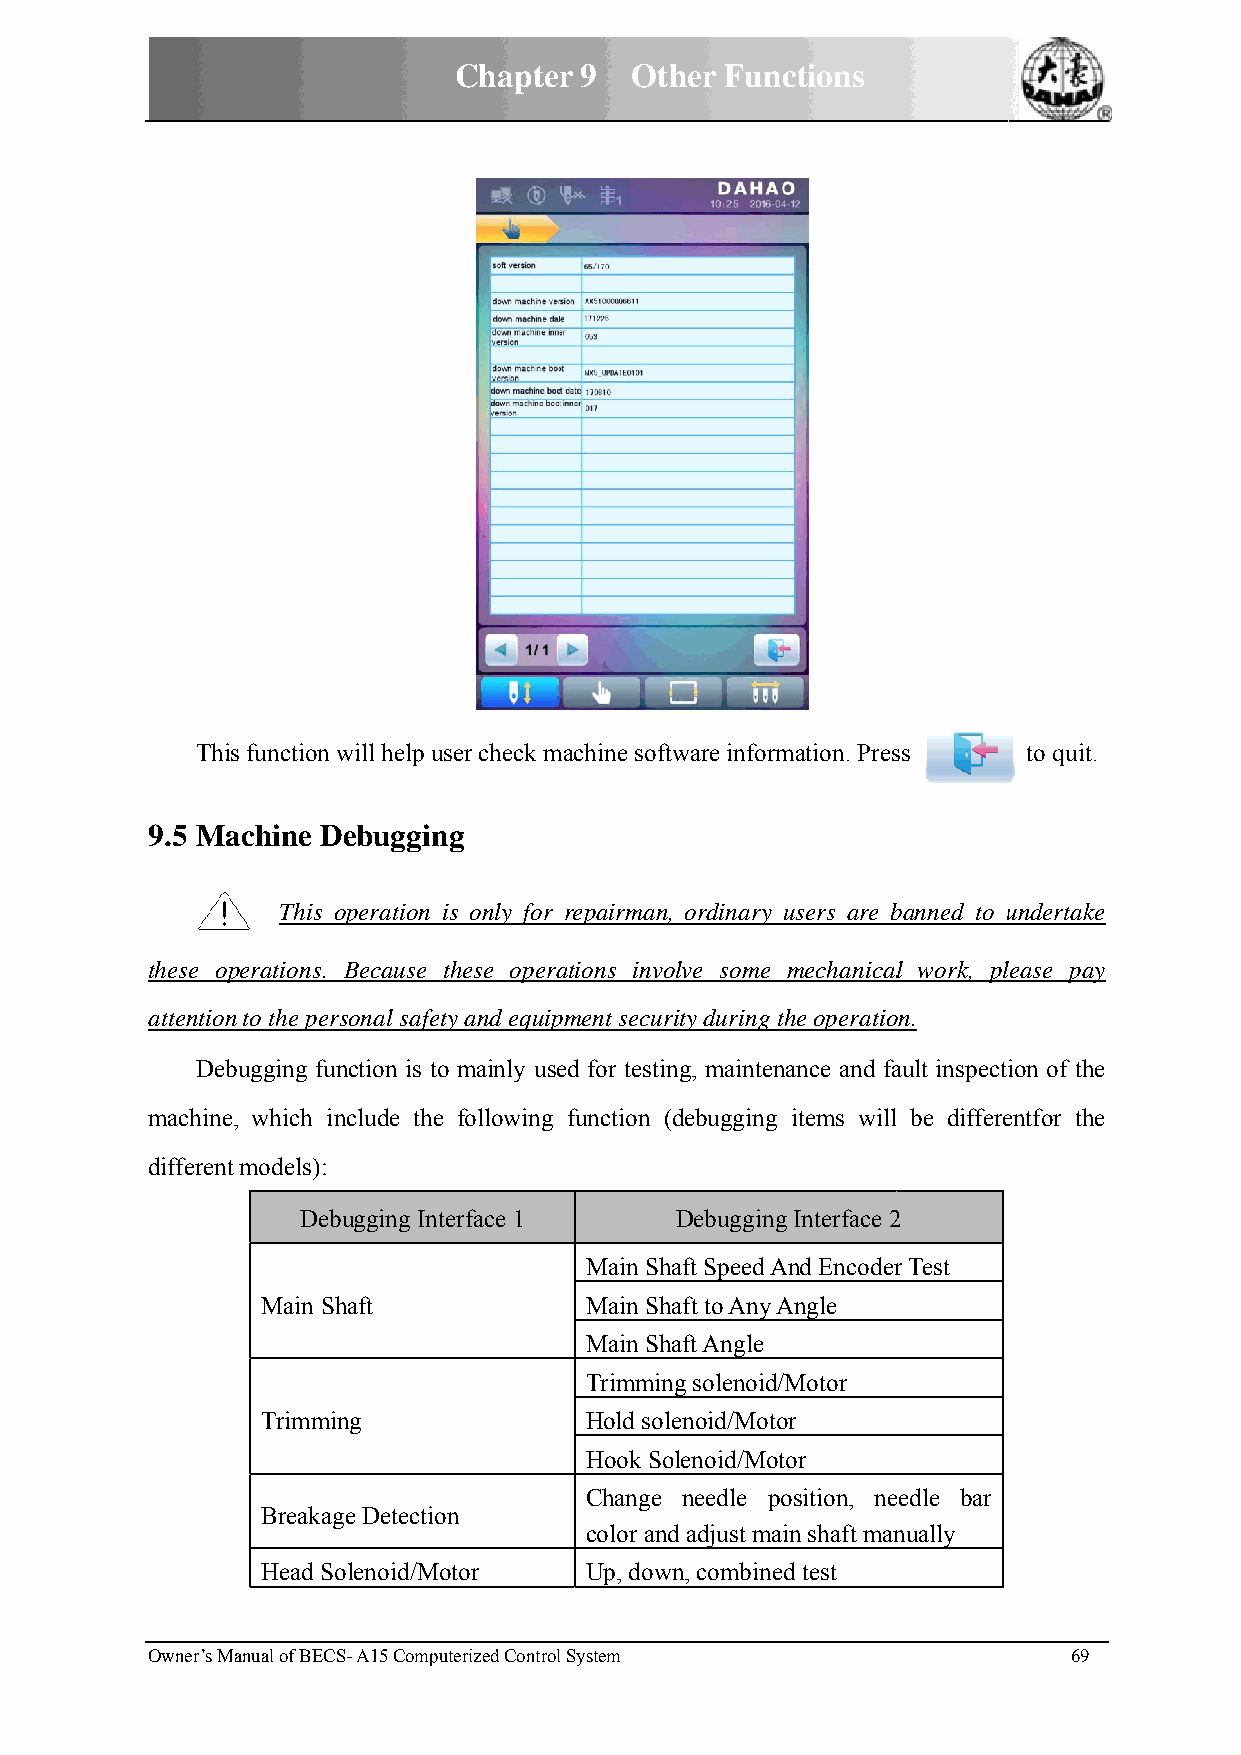
Chapterr 9  Othher Funcctions
 This function will help usser check mmachine softwware informmation. Presss to quit.
 9.5 MMachine DDebugging
 This ooperation iis only for repairman, ordinary uusers are bbanned to uundertake
 these ooperations. Because tthese operaations invoolve some mechanicall work, pllease pay
 attention to the perrsonal safetyy and equippment securrity during thhe operatioon.
 Deebugging funnction is too mainly useed for testinng, maintennance and faault inspectiion of the
 machinee, which innclude the following function (debugging items will be differeentfor the
 differennt models):
 Debbugging Inteerface 1  Debuggingg Interface 22
 Main Shaaft Speed AAnd Encoderr Test
 Main Shhaft           Main Shaaft to Any AAngle
 Main Shaaft Angle
 Trimminng solenoid/Motor
 Trimming              Hold soleenoid/Motoor
 Hook Soolenoid/Mottor
 Change needle poosition, neeedle bar
 Breakagge Detectionn
 color andd adjust maiin shaft mannually
 Head Soolenoid/Mootor Up, downn, combinedd test
 Owner’s MManual of BECS- A15 Computerized Controll System    69